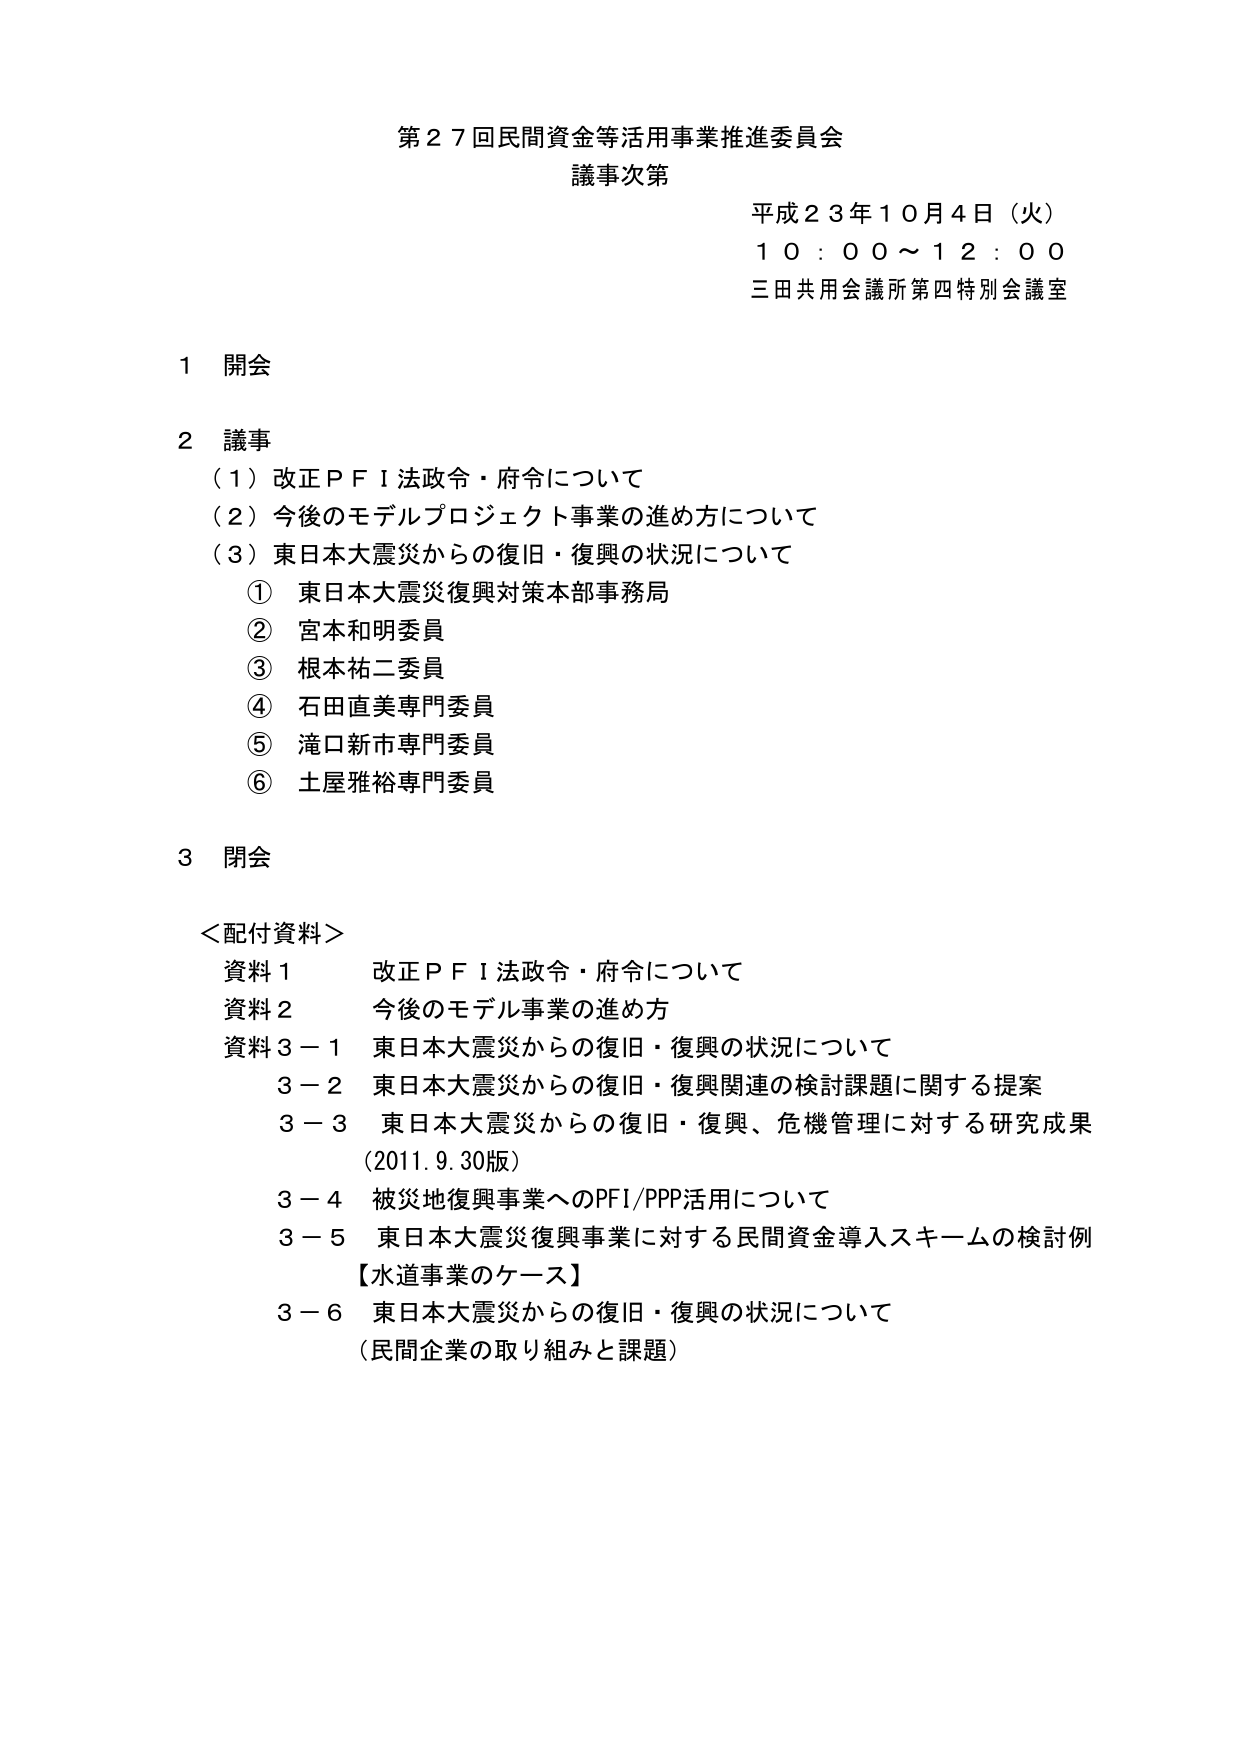
第２７回民間資金等活用事業推進委員会
議事次第

平成２３年１０月４日（火）
１０：００～１２：００
三田共用会議所第四特別会議室

１ 開会

２ 議事
（１）改正ＰＦＩ法政令・府令について
（２）今後のモデルプロジェクト事業の進め方について
（３）東日本大震災からの復旧・復興の状況について
　① 東日本大震災復興対策本部事務局
　② 宮本和明委員
　③ 根本祐二委員
　④ 石田直美専門委員
　⑤ 滝口新市専門委員
　⑥ 土屋雅裕専門委員

３ 閉会

＜配付資料＞
資料１　改正ＰＦＩ法政令・府令について
資料２　今後のモデル事業の進め方
資料３－１　東日本大震災からの復旧・復興の状況について
　３－２　東日本大震災からの復旧・復興関連の検討課題に関する提案
　３－３　東日本大震災からの復旧・復興、危機管理に対する研究成果
　　　　（2011.9.30版）
　３－４　被災地復興事業へのPFI/PPP活用について
　３－５　東日本大震災復興事業に対する民間資金導入スキームの検討例
　　　　【水道事業のケース】
　３－６　東日本大震災からの復旧・復興の状況について
　　　　（民間企業の取り組みと課題）